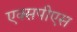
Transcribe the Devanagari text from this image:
एक्सपीएस